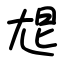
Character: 㞁